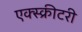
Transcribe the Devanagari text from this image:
एक्स्क्रीटरी